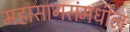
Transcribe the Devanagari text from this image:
महासागरांमधील